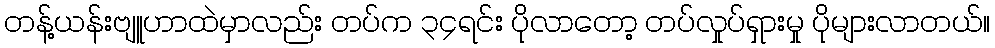
တန့်ယန်းဗျူဟာထဲမှာလည်း တပ်က ၃၄ရင်း ပိုလာတော့ တပ်လှုပ်ရှားမှု ပိုများလာတယ်။